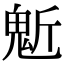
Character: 鬿